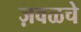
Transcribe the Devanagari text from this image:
ज़वळचे